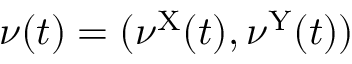
\nu ( t ) = ( \nu ^ { \mathrm { X } } ( t ) , \nu ^ { \mathrm { Y } } ( t ) )